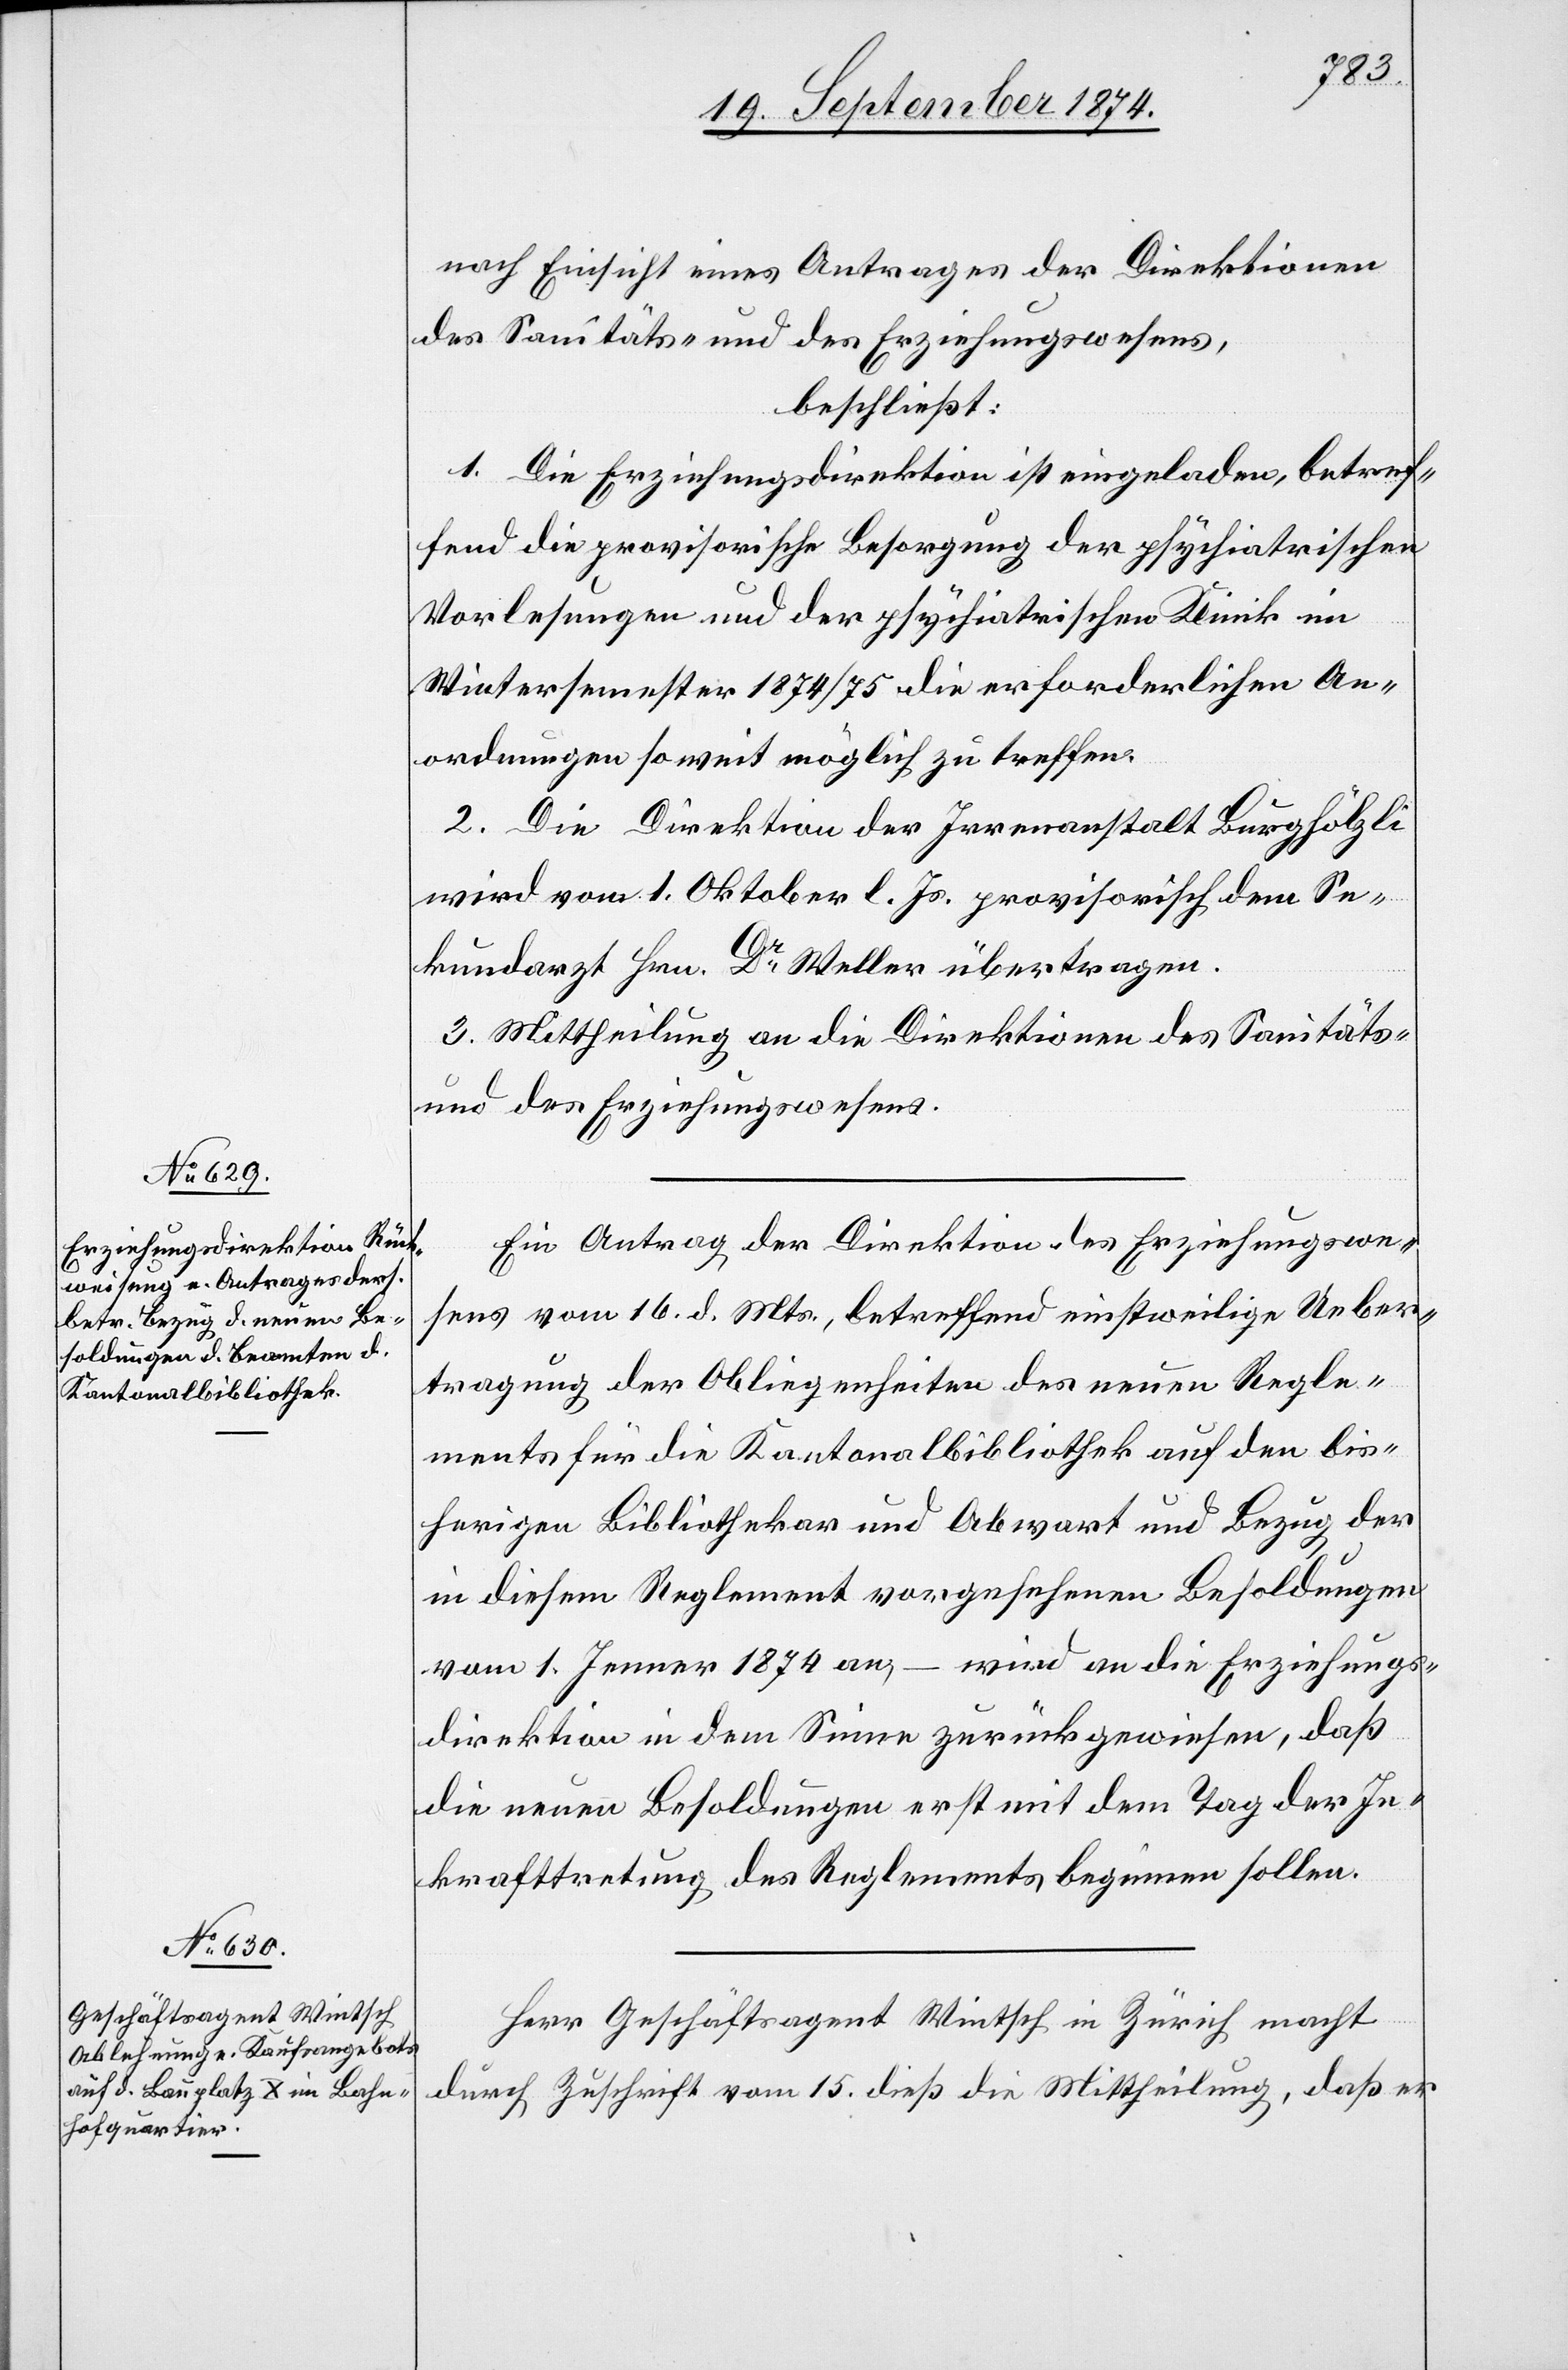
nach Einsicht eines Antrages der Direktion
des Sanitäts- und des Erziehungswesens,
beschließt:
1. Die Erziehungsdirektion ist eingeladen, betref¬
fend die provisorische Besorgung der psychiatrischen
Vorlesungen und der psychiatrischen Klinik im
Wintersemester 1874/75 die erforderlichen An¬
ordnungen so weit möglich zu treffen.
2. Die Direktion der Irrenanstalt Burghölzli
wird vom 1. Oktober l. Js. provisorisch dem Se¬
kundararzt Hrn. Dr Weller übertragen.
3. Mittheilung an die Direktion des Sanitäts-
und des Erziehungswesens.
Ein Antrag der Direktion des Erziehungswe¬
sens vom 16. d. Mts., betreffend einstweilige Ueber¬
tragung der Obliegenheiten des neuen Regle¬
ments für die Kantonalbibliothek auf den bis¬
herigen Bibliothekar und Abwart und Bezug der
in diesem Reglement vorgesehenen Besoldungen
vom 1. Jenner 1874 an, – wird an die Erziehungs¬
direktion in dem Sinne zurückgewiesen, daß
die neuen Besoldungen erst mit dem Tag der In¬
krafttretung des Reglements beginnen sollen.
Herr Geschäftsagent Wintsch in Zürich macht
durch Zuschrift vom 15. dieß die Mittheilung, daß er